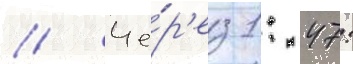
// Че́р'ез 1: 47: